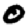
Digit: 0